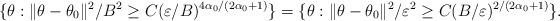
LaTeX: \begin{align*}&\{\theta: \|\theta-\theta_{0}\|^2 / B^2 \geq C (\varepsilon / B)^{4\alpha_{0}/(2\alpha_{0}+1)} \}=\{\theta: \|\theta-\theta_{0}\|^2 / \varepsilon^2 \geq C (B/\varepsilon)^{2/(2\alpha_{0}+1)} \}.\end{align*}